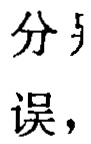
分 误，